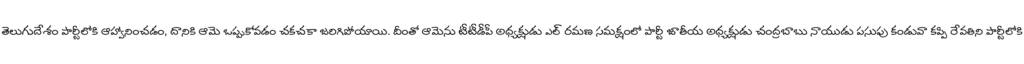
తెలుగుదేశం పార్టీలోకి ఆహ్వానించడం, దానికి ఆమె ఒప్పుకోవడం చకచకా జరిగిపోయాయి. దీంతో ఆమెను టీటీడీపీ అధ్యక్షుడు ఎల్ రమణ సమక్షంలో పార్టీ జాతీయ అధ్యక్షుడు చంద్రబాబు నాయుడు పసుపు కండువా కప్పి రేవతిని పార్టీలోకి